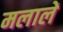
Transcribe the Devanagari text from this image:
मलालें